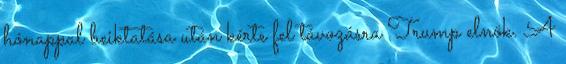
hónappal beiktatása után kérte fel távozásra Trump elnök. A